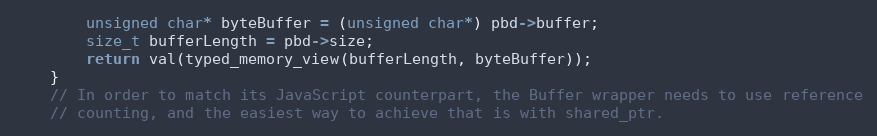
Language: C++
        unsigned char* byteBuffer = (unsigned char*) pbd->buffer;
        size_t bufferLength = pbd->size;
        return val(typed_memory_view(bufferLength, byteBuffer));
    }
    // In order to match its JavaScript counterpart, the Buffer wrapper needs to use reference
    // counting, and the easiest way to achieve that is with shared_ptr.